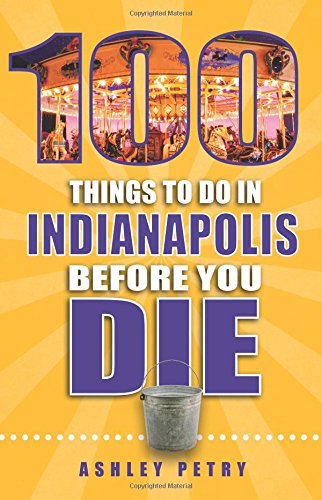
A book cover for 100 Things to Do in Indianapolis Before You Die; Ashley Petry; Travel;